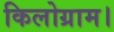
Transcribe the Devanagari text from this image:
किलोग्राम।